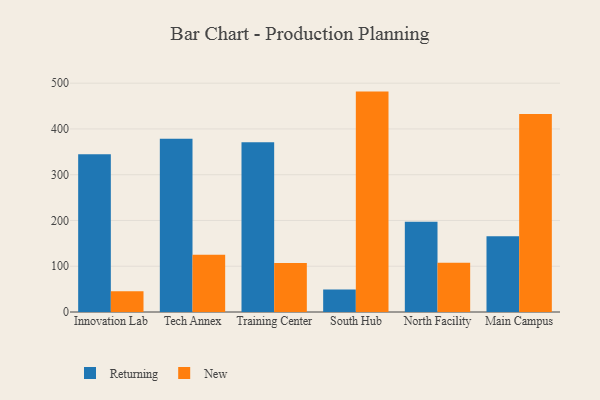
{"axis": {"x": "Campus", "y": "Active Users"}, "legend": ["New", "Returning"], "data": [{"x": "Innovation Lab", "y": 344.7, "type": "Returning"}, {"x": "Innovation Lab", "y": 45.6, "type": "New"}, {"x": "Tech Annex", "y": 378.3, "type": "Returning"}, {"x": "Tech Annex", "y": 125.3, "type": "New"}, {"x": "Training Center", "y": 370.9, "type": "Returning"}, {"x": "Training Center", "y": 107.1, "type": "New"}, {"x": "South Hub", "y": 49.1, "type": "Returning"}, {"x": "South Hub", "y": 481.6, "type": "New"}, {"x": "North Facility", "y": 197.2, "type": "Returning"}, {"x": "North Facility", "y": 107.4, "type": "New"}, {"x": "Main Campus", "y": 165.3, "type": "Returning"}, {"x": "Main Campus", "y": 432.9, "type": "New"}]}